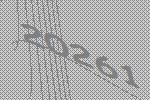
20261